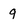
Character: 9